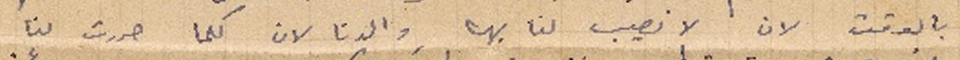
بالوقت لان لا نصيب لنا بها والدنا لان كلما حررت لنا